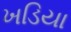
ખડિયા